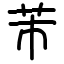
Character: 芾